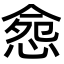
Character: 𢛪